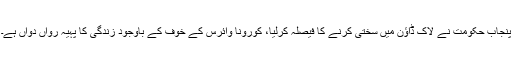
پنجاب حکومت نے لاک ڈاؤن میں سختی کرنے کا فیصلہ کرلیا، کورونا وائرس کے خوف کے باوجود زندگی کا پہیہ رواں دواں ہے۔